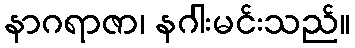
နာဂရာဇာ၊ နဂါးမင်းသည်။